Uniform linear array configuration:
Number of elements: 24
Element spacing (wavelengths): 1
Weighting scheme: kaiser
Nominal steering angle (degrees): -15
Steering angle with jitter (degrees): -15.984
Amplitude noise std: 0.05
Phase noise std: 0.05

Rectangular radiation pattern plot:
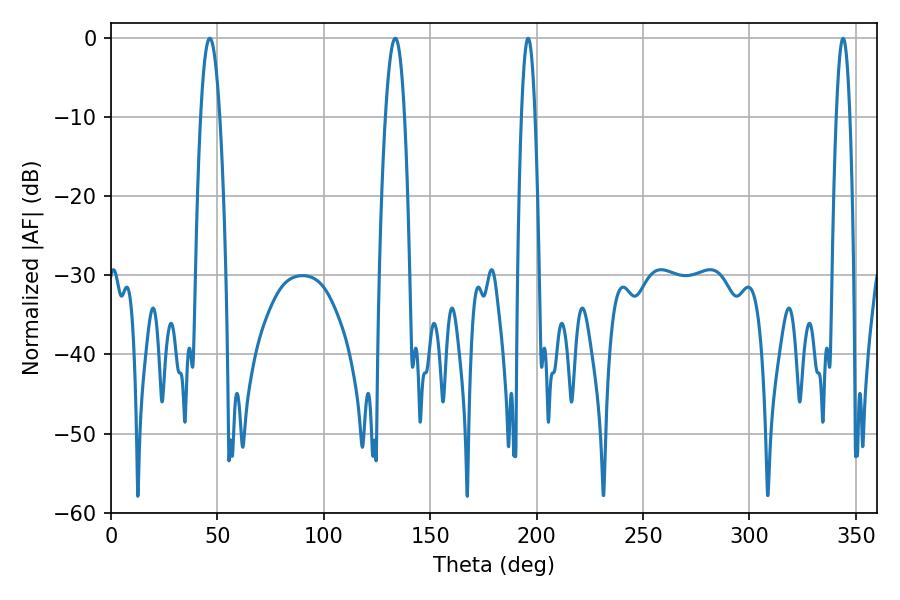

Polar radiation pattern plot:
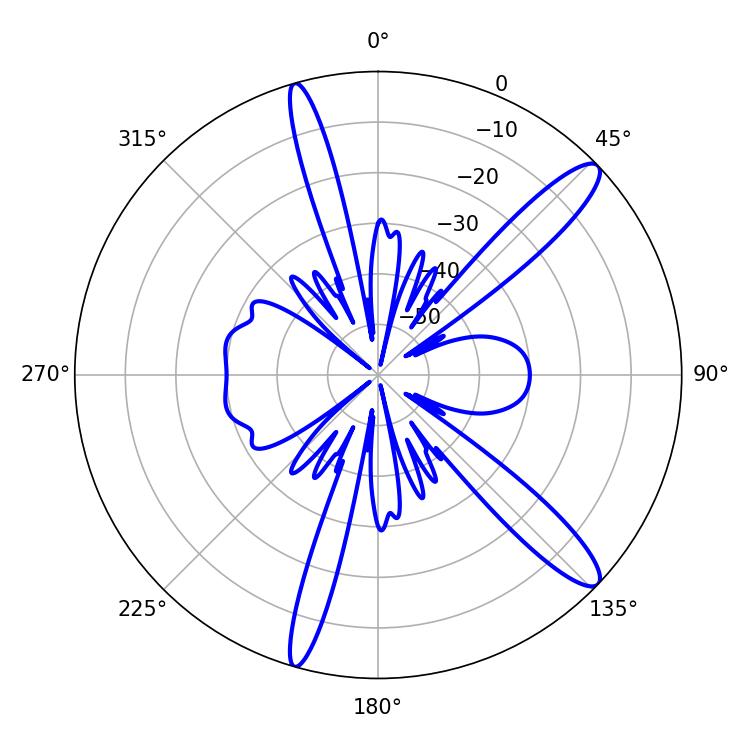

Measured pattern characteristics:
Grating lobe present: TRUE
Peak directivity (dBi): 13.095
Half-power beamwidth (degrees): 4.86
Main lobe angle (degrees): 133.56